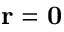
{ \bf r } = { \bf 0 }